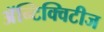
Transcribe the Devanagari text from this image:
अॅन्टिक्विटीज